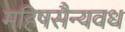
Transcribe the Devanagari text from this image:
महिषसैन्यवध